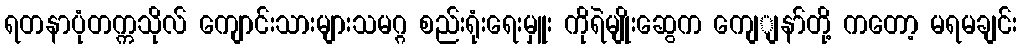
ရတနာပုံတက္ကသိုလ် ကျောင်းသားများသမဂ္ဂ စည်းရုံးရေးမှူး ကိုရဲမျိုးဆွေက ကျေျနာ်တို့ ကတော့ မရမချင်း